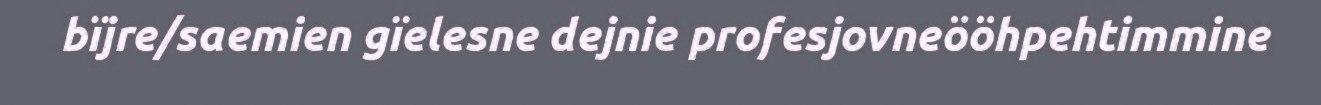
bïjre/saemien gïelesne dejnie profesjovneööhpehtimmine